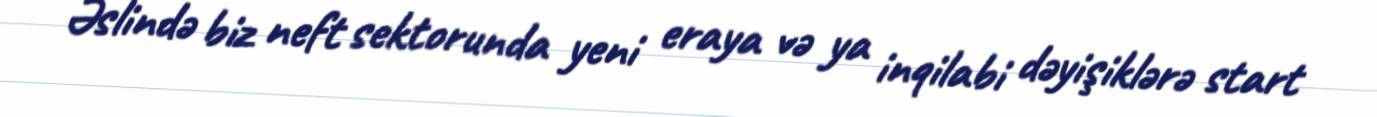
Əslində biz neft sektorunda yeni eraya və ya inqilabi dəyişiklərə start